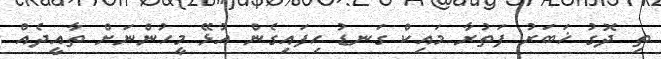
ތި ދޮގު ޚަބަރު ފަތުރާ މައިކް ގަނޑު ހިފައިގެން އުޅޭ މީހުންނަށް ތާއީދެއް